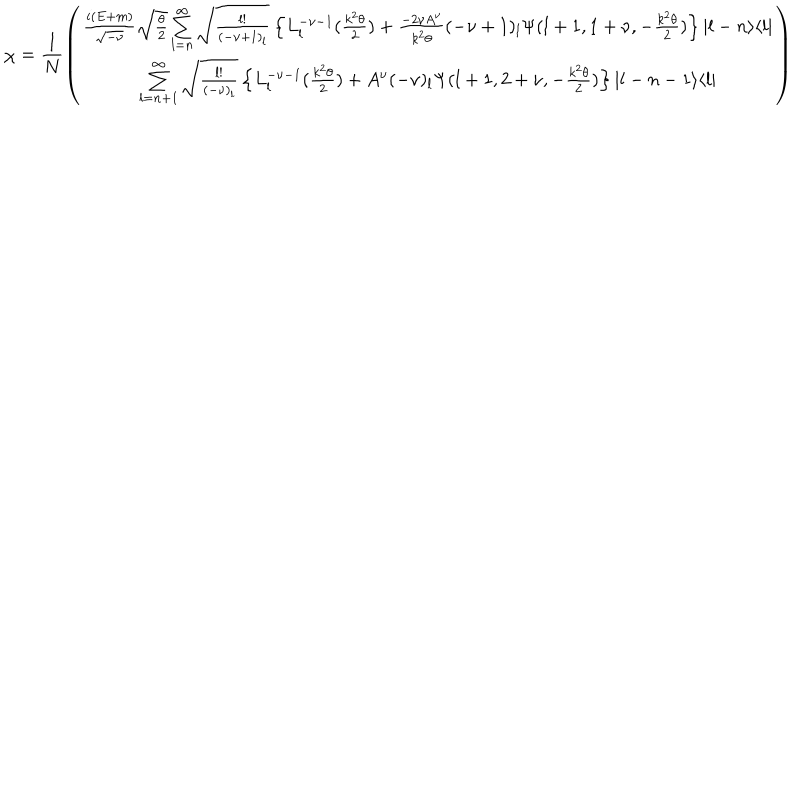
\chi = \frac { 1 } { N } \left( \begin{array} { c } { { \frac { i ( E + m ) } { \sqrt { - \nu } } \sqrt { \frac { \theta } { 2 } } \sum _ { l = n } ^ { \infty } \sqrt { \frac { l ! } { ( - \nu + 1 ) _ { l } } } \left\{ L _ { l } ^ { - \nu - 1 } ( \frac { k ^ { 2 } \theta } { 2 } ) + \frac { - 2 \nu A ^ { \nu } } { k ^ { 2 } \theta } ( - \nu + 1 ) _ { l } \Psi ( l + 1 , 1 + \nu , - \frac { k ^ { 2 } \theta } { 2 } ) \right\} | l - n \rangle \langle l | } } \\ { { \sum _ { l = n + 1 } ^ { \infty } \sqrt { \frac { l ! } { ( - \nu ) _ { l } } } \left\{ L _ { l } ^ { - \nu - 1 } ( \frac { k ^ { 2 } \theta } { 2 } ) + A ^ { \nu } ( - \nu ) _ { l } \Psi ( l + 1 , 2 + \nu , - \frac { k ^ { 2 } \theta } { 2 } ) \right\} | l - n - 1 \rangle \langle l | } } \\ \end{array} \right)